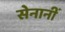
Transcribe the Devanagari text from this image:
सेनानीं